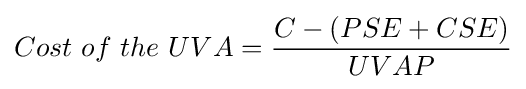
Cost\ of\ the\ UVA={\frac {C-(PSE+CSE)}{UVAP}}